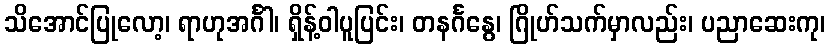
သိအောင်ပြုလော့၊ ရာဟုအင်္ဂါ၊ ရှိန့်ဝါပူပြင်း၊ တနင်္ဂနွေ၊ ဂြိုဟ်သက်မှာလည်း၊ ပညာဆေးကု၊